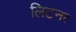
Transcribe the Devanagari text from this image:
लिटनर